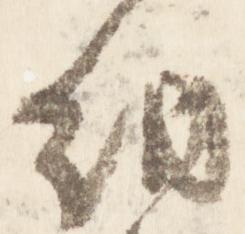
納